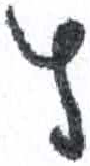
אות: ץ